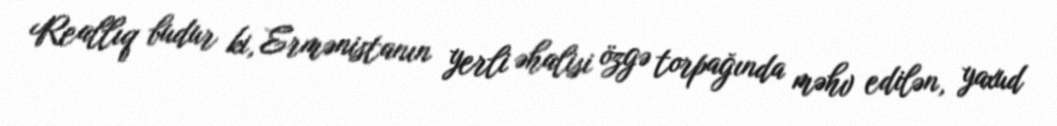
Reallıq budur ki, Ermənistanın yerli əhalisi özgə torpağında məhv edilən, yaxud